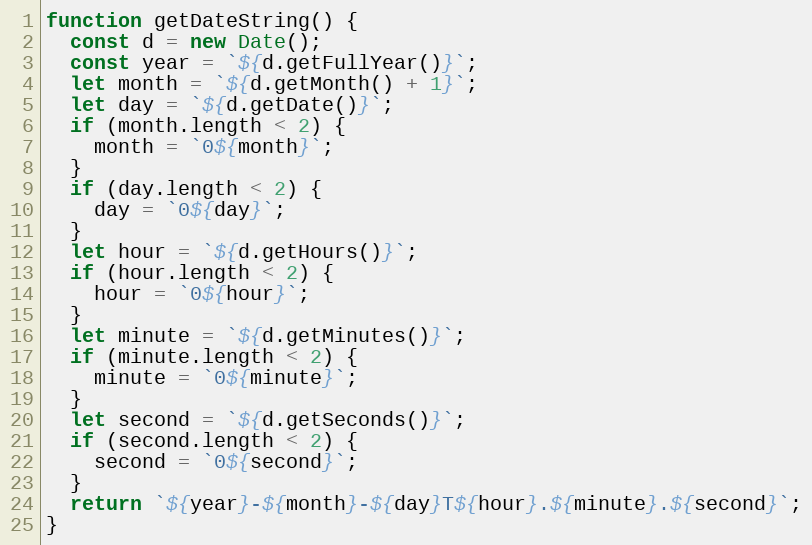
Language: JavaScript
function getDateString() {
  const d = new Date();
  const year = `${d.getFullYear()}`;
  let month = `${d.getMonth() + 1}`;
  let day = `${d.getDate()}`;
  if (month.length < 2) {
    month = `0${month}`;
  }
  if (day.length < 2) {
    day = `0${day}`;
  }
  let hour = `${d.getHours()}`;
  if (hour.length < 2) {
    hour = `0${hour}`;
  }
  let minute = `${d.getMinutes()}`;
  if (minute.length < 2) {
    minute = `0${minute}`;
  }
  let second = `${d.getSeconds()}`;
  if (second.length < 2) {
    second = `0${second}`;
  }
  return `${year}-${month}-${day}T${hour}.${minute}.${second}`;
}